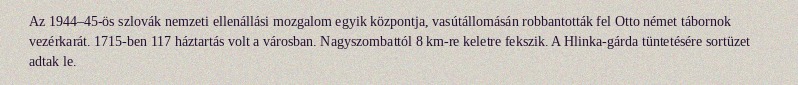
Az 1944–45-ös szlovák nemzeti ellenállási mozgalom egyik központja, vasútállomásán robbantották fel Otto német tábornok vezérkarát. 1715-ben 117 háztartás volt a városban. Nagyszombattól 8 km-re keletre fekszik. A Hlinka-gárda tüntetésére sortüzet adtak le.